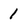
Character: 1